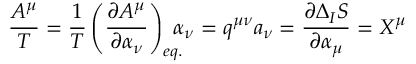
\frac { A ^ { \mu } } { T } = \frac { 1 } { T } \left( \frac { \partial A ^ { \mu } } { \partial \alpha _ { \nu } } \right) _ { e q . } \! \! \! \! \alpha _ { \nu } = q ^ { \mu \nu } a _ { \nu } = \frac { \partial \Delta _ { I } S } { \partial \alpha _ { \mu } } = X ^ { \mu }